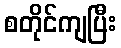
စတိုင်ကျပြီး